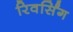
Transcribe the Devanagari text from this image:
रिवर्सिंग